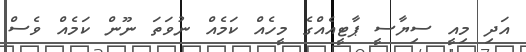
އަދި މިއީ ސިޔާސީ ޕާޓީއެއްގެ މީހެއް ކަމެއް ނުވަތަ ނޫން ކަމެއް ވެސް